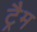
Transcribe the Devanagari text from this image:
ट्रैम